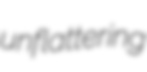
unflattering